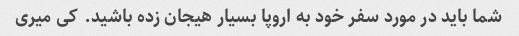
شما باید در مورد سفر خود به اروپا بسیار هیجان زده باشید. کی میری